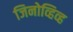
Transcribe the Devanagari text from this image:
जिनोव्हिव्ह